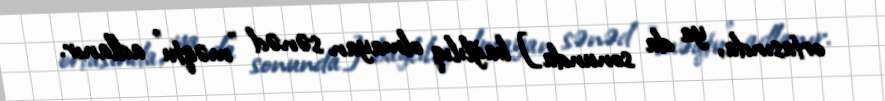
ortasında, ya da sonunda] bağlılıq olmayan sənəd "məqtu" adlanır.